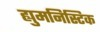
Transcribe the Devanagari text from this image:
ह्युमनिस्टिक